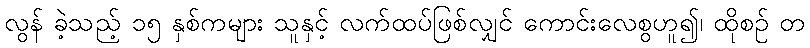
လွန် ခဲ့သည့် ၁၅ နှစ်ကများ သူနှင့် လက်ထပ်ဖြစ်လျှင် ကောင်းလေစွဟူ၍၊ ထိုစဉ် တ